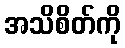
အသိစိတ်ကို